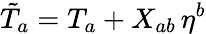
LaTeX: \tilde{T}_{a}=T_{a}+X_{ab}\, \eta^{b}